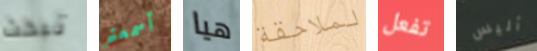
تبحث أسمعتم هيا لملاحقة تفعل أليس